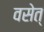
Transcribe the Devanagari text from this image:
वसेत्